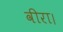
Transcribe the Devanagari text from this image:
वीरा।